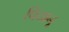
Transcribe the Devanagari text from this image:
पियानू